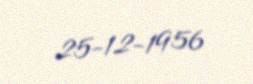
25-12-1956